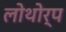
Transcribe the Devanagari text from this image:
लोथोर्प